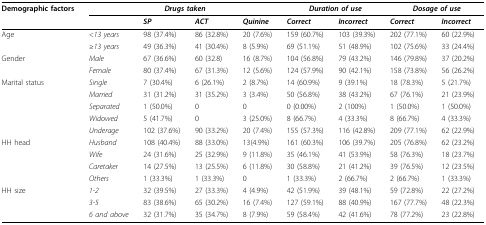
<table><thead><tr><td><b>Demographic factors</b></td><td colspan="4"><b><i>Drugs taken</i></b></td><td colspan="2"><b><i>Duration of use</i></b></td><td colspan="2"><b><i>Dosage of use</i></b></td></tr><tr><td></td><td></td><td><b><i>SP</i></b></td><td><b><i>ACT</i></b></td><td><b><i>Quinine</i></b></td><td><b><i>Correct</i></b></td><td><b><i>Incorrect</i></b></td><td><b><i>Correct</i></b></td><td><b><i>Incorrect</i></b></td></tr></thead><tbody><tr><td>Age</td><td>&lt;<i>13 years</i></td><td>98 (37.4%)</td><td>86 (32.8%)</td><td>20 (7.6%)</td><td>159 (60.7%)</td><td>103 (39.3%)</td><td>202 (77.1%)</td><td>60 (22.9%)</td></tr><tr><td></td><td>≥<i>13 years</i></td><td>49 (36.3%)</td><td>41 (30.4%)</td><td>8 (5.9%)</td><td>69 (51.1%)</td><td>51 (48.9%)</td><td>102 (75.6%)</td><td>33 (24.4%)</td></tr><tr><td>Gender</td><td><i>Male</i></td><td>67 (36.6%)</td><td>60 (32.8)</td><td>16 (8.7%)</td><td>104 (56.8%)</td><td>79 (43.2%)</td><td>146 (79.8%)</td><td>37 (20.2%)</td></tr><tr><td></td><td><i>Female</i></td><td>80 (37.4%)</td><td>67 (31.3%)</td><td>12 (5.6%)</td><td>124 (57.9%)</td><td>90 (42.1%)</td><td>158 (73.8%)</td><td>56 (26.2%)</td></tr><tr><td>Marital status</td><td><i>Single</i></td><td>7 (30.4%)</td><td>6 (26.1%)</td><td>2 (8.7%)</td><td>14 (60.9%)</td><td>9 (39.1%)</td><td>18 (78.3%)</td><td>5 (21.7%)</td></tr><tr><td></td><td><i>Married</i></td><td>31 (31.2%)</td><td>31 (35.2%)</td><td>3 (3.4%)</td><td>50 (56.8%)</td><td>38 (43.2%)</td><td>67 (76.1%)</td><td>21 (23.9%)</td></tr><tr><td></td><td><i>Separated</i></td><td>1 (50.0%)</td><td>0</td><td>0</td><td>0 (0.00%)</td><td>2 (100%)</td><td>1 (50.0%)</td><td>1 (50.0%)</td></tr><tr><td></td><td><i>Widowed</i></td><td>5 (41.7%)</td><td>0</td><td>3 (25.0%)</td><td>8 (66.7%)</td><td>4 (33.3%)</td><td>8 (66.7%)</td><td>4 (33.3%)</td></tr><tr><td></td><td><i>Underage</i></td><td>102 (37.6%)</td><td>90 (33.2%)</td><td>20 (7.4%)</td><td>155 (57.3%)</td><td>116 (42.8%)</td><td>209 (77.1%)</td><td>62 (22.9%)</td></tr><tr><td>HH head</td><td><i>Husband</i></td><td>108 (40.4%)</td><td>88 (33.0%)</td><td>13(4.9%)</td><td>161 (60.3%)</td><td>106 (39.7%)</td><td>205 (76.8%)</td><td>62 (23.2%)</td></tr><tr><td></td><td><i>Wife</i></td><td>24 (31.6%)</td><td>25 (32.9%)</td><td>9 (11.8%)</td><td>35 (46.1%)</td><td>41 (53.9%)</td><td>58 (76.3%)</td><td>18 (23.7%)</td></tr><tr><td></td><td><i>Caretaker</i></td><td>14 (27.5%)</td><td>13 (25.5%)</td><td>6 (11.8%)</td><td>30 (58.8%)</td><td>21 (41.2%)</td><td>39 (76.5%)</td><td>12 (23.5%)</td></tr><tr><td></td><td><i>Others</i></td><td>1 (33.3%)</td><td>1 (33.3%)</td><td>0</td><td>1 (33.3%)</td><td>2 (66.7%)</td><td>2 (66.7%)</td><td>1 (33.3%)</td></tr><tr><td>HH size</td><td><i>1-2</i></td><td>32 (39.5%)</td><td>27 (33.3%)</td><td>4 (4.9%)</td><td>42 (51.9%)</td><td>39 (48.1%)</td><td>59 (72.8%)</td><td>22 (27.2%)</td></tr><tr><td></td><td><i>3-5</i></td><td>83 (38.6%)</td><td>65 (30.2%)</td><td>16 (7.4%)</td><td>127 (59.1%)</td><td>88 (40.9%)</td><td>167 (77.7%)</td><td>48 (22.3%)</td></tr><tr><td></td><td><i>6 and above</i></td><td>32 (31.7%)</td><td>35 (34.7%)</td><td>8 (7.9%)</td><td>59 (58.4%)</td><td>42 (41.6%)</td><td>78 (77.2%)</td><td>23 (22.8%)</td></tr></tbody></table>